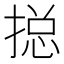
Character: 搃